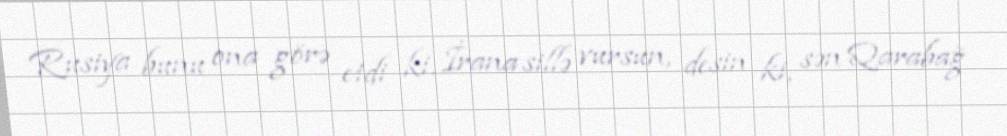
Rusiya bunu ona görə etdi ki, İrana sillə vursun, desin ki, sən Qarabağ